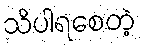
သိပါရစေတဲ့